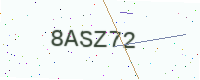
Text: 8ASZ72